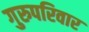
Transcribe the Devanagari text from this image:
गुरुपरिवार